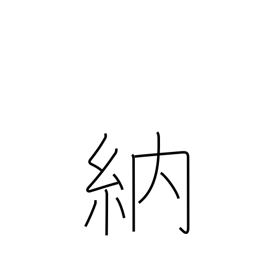
Meaning: obtain